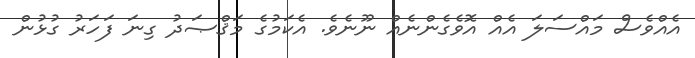
އެއްވެސް މައްސަލަ އެއް އޮވެގެންނެއް ނޫނެވެ. އެކަމުގެ މަޤްޞަދު ގިނަ ފަހަރު ގުޅުން